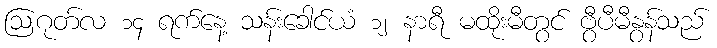
ဩဂုတ်လ ၁၄ ရက်နေ့ သန်းခေါင်ယံ ၁၂ နာရီ မထိုးမီတွင် ဗွီပီမီနွန်သည်